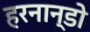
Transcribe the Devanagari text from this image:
हरनान्डो